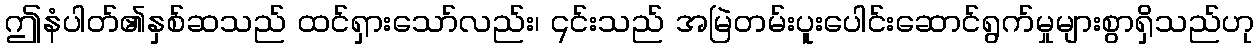
ဤနံပါတ်၏နှစ်ဆသည် ထင်ရှားသော်လည်း၊ ၎င်းသည် အမြဲတမ်းပူးပေါင်းဆောင်ရွက်မှုများစွာရှိသည်ဟု